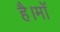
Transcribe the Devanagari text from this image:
है।माॅ